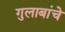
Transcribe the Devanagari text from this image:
गुलाबांचे